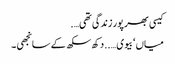
کیسی بھر پور زندگی تھی….
میاں ‘ بیوی …..دکھ سکھ کے سانجھی۔